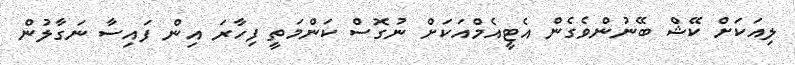
ލިއަކަށް ކޭޝް ބޭނުންވެގެން އެޓީއެމްއަކަށް ނުގޮސް ކަންމަތީ ފިހާރަ އިން ފައިސާ ނަގާލުން